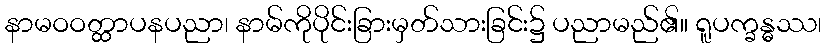
နာမဝဝတ္ထာပနပညာ၊ နာမ်ကိုပိုင်းခြားမှတ်သားခြင်း၌ ပညာမည်၏။ ရူပက္ခန္ဓဿ၊